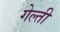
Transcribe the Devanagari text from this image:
गेल्ती